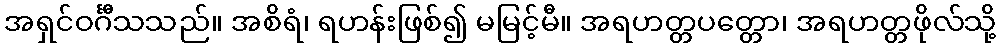
အရှင်ဝင်္ဂီသသည်။ အစိရံ၊ ရဟန်းဖြစ်၍ မမြင့်မီ။ အရဟတ္တပတ္တော၊ အရဟတ္တဖိုလ်သို့